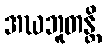
အဃဘူတန္တိ